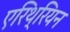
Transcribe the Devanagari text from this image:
एरिथ्रियन